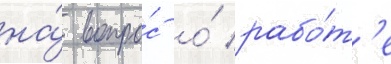
на́ вопро́с о́ рабо́т'е